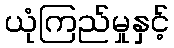
ယုံကြည်မှုနှင့်